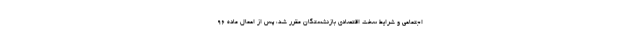
اجتماعی و شرایط سخت اقتصادی بازنشستگان مقرر شد، پس از اعمال ماده 96